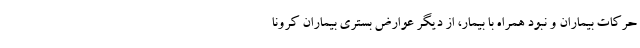
حرکات بیماران و نبود همراه با بیمار، از دیگر عوارض بستری بیماران کرونا